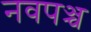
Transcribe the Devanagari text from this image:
नवपञ्च